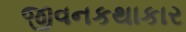
જીવનકથાકાર